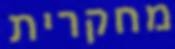
מחקרית